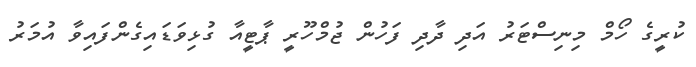
ކުރީގެ ހޯމް މިނިސްޓަރު އަދި ދާދި ފަހުން ޖުމްހޫރީ ޕާޓީއާ ގުޅިވަޑައިގެންފައިވާ އުމަރު